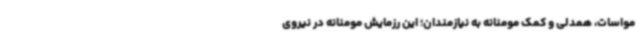
مواسات، همدلی و کمک مومنانه به نیازمندان؛ این رزمایش مومنانه در نیروی